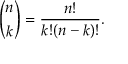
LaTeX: { \binom { n } { k } } = { \frac { n ! } { k ! ( n - k ) ! } } .